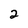
Character: 2